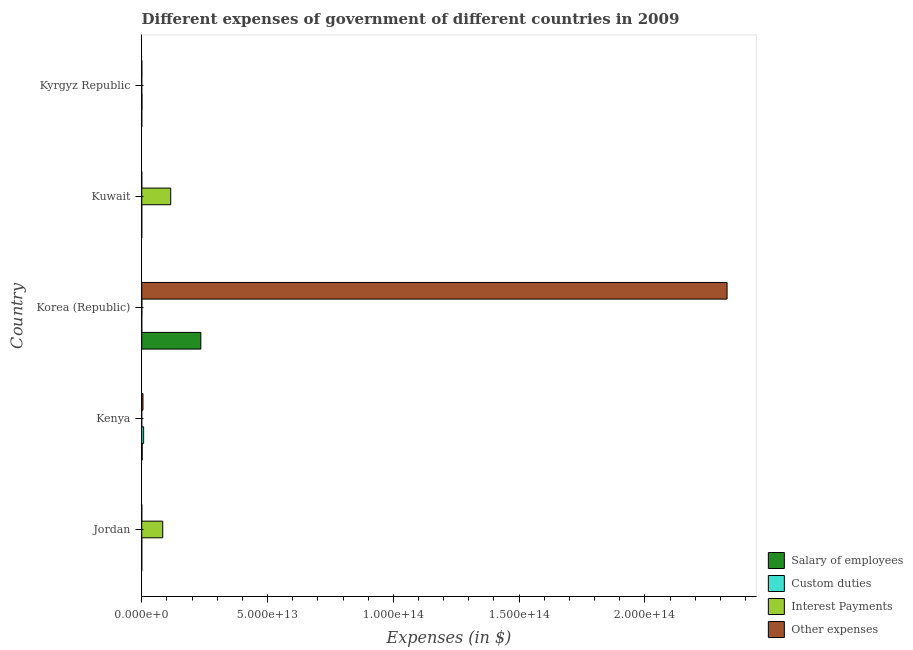
| Country | Salary of employees | Custom duties | Interest Payments | Other expenses |
 | --- | --- | --- | --- | --- |
 | Jordan | 2.53e+09 | 5.23e+09 | 8.35e+12 | 5.09e+09 |
 | Kenya | 1.84e+11 | 7.53e+11 | 3.92e+08 | 4.94e+11 |
 | Korea (Republic) | 2.35e+13 | 2.11e+09 | 5.06e+10 | 2.33e+14 |
 | Kuwait | 2.98e+09 | 1.85e+09 | 1.15e+13 | 1.03e+10 |
 | Kyrgyz Republic | 1.09e+10 | 9.01e+10 | 1.59e+09 | 3.79e+10 |